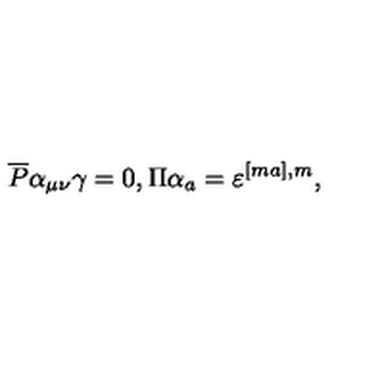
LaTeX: \overline { { P } } \alpha _ { \mu \nu } \gamma = 0 , \Pi \alpha _ { a } = \varepsilon ^ { [ m a ] , m } ,